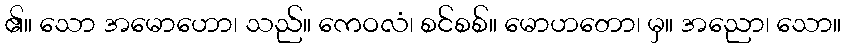
၏။ သော အမောဟော၊ သည်။ ကေဝလံ၊ စင်စစ်။ မောဟတော၊ မှ။ အညော၊ သော။